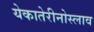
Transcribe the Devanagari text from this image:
येकातेरीनोस्लाव